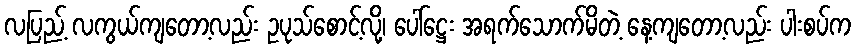
လပြည့် လကွယ်ကျတော့လည်း ဥပုသ်စောင့်လို့၊ ပေါ်ဋ္ဌေး အရက်သောက်မိတဲ့ နေ့ကျတော့လည်း ပါးစပ်က